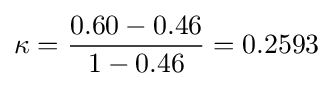
\kappa ={\frac {0.60-0.46}{1-0.46}}=0.2593